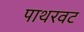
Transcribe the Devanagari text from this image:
पाथरवट